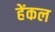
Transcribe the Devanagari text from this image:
हेंकल